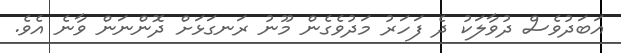
އަބަދުވެސް ދުވާލަކު ދެ ފަހަރު މަދުވެގެން މޫނު ރަނގަޅަށް ދޮންނަން ވާނެ އެވެ.